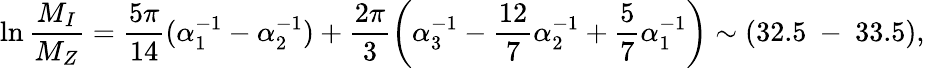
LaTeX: \ln{\frac{M_{I}}{M_{Z}}}=\frac{5\pi}{14}(\alpha_{1}^{-1}-\alpha_{2}^{-1})+\frac{2\pi}{3}\left(\alpha_{3}^{-1}-\frac{12}{7}\alpha_{2}^{-1}+\frac{5}{7}\alpha_{1}^{-1}\right)\sim(32.5~-~33.5),